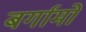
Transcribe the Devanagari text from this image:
बर्गामो